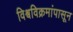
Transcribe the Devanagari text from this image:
विश्वविक्रमांपासून